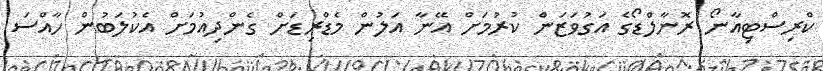
ކްރިސްޓިއާނޯ ރޮނާލްޑޯގެ އަގުވަޒަން ކުރުމަށް އޭނާ އަލުން މެޑްރިޑަށް ގެންދިއުމަށް އެކުލަބުން ހާއްސަ